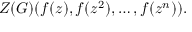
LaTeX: Z ( G ) ( f ( z ) , f ( z ^ { 2 } ) , \ldots , f ( z ^ { n } ) ) .